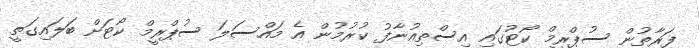
ފަރާތުން ސުޕްރީމް ކޯޓުގައި އިސްތިއުނާފު ކުރުމުން އެ މައްސަލަ ސުޕްރީމް ކޯޓަށް ބަލައިގަތީ